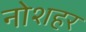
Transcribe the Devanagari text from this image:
नोशहर